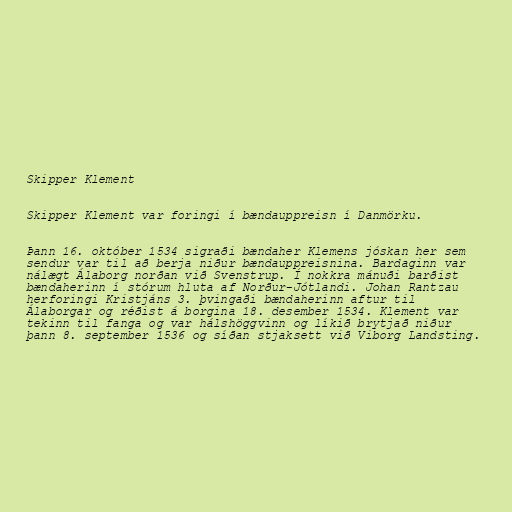
Skipper Klement

Skipper Klement var foringi í bændauppreisn í Danmörku.

Þann 16. október 1534 sigraði bændaher Klemens jóskan her sem
sendur var til að berja niður bændauppreisnina. Bardaginn var
nálægt Álaborg norðan við Svenstrup. Í nokkra mánuði barðist
bændaherinn í stórum hluta af Norður-Jótlandi. Johan Rantzau
herforingi Kristjáns 3. þvingaði bændaherinn aftur til
Álaborgar og réðist á borgina 18. desember 1534. Klement var
tekinn til fanga og var hálshöggvinn og líkið brytjað niður
þann 8. september 1536 og síðan stjaksett við Viborg Landsting.